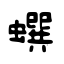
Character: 蟤